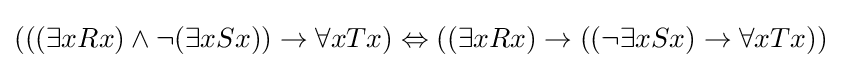
(((\exists xRx)\land \lnot (\exists xSx))\to \forall xTx)\Leftrightarrow ((\exists xRx)\to ((\lnot \exists xSx)\to \forall xTx))